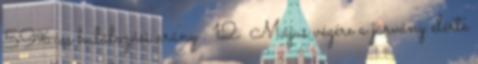
59%-os halálozási arány . 12 Május végére a járvány elérte